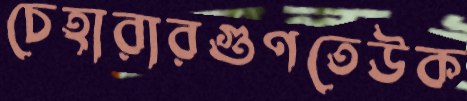
চেহারারগুণতেউক